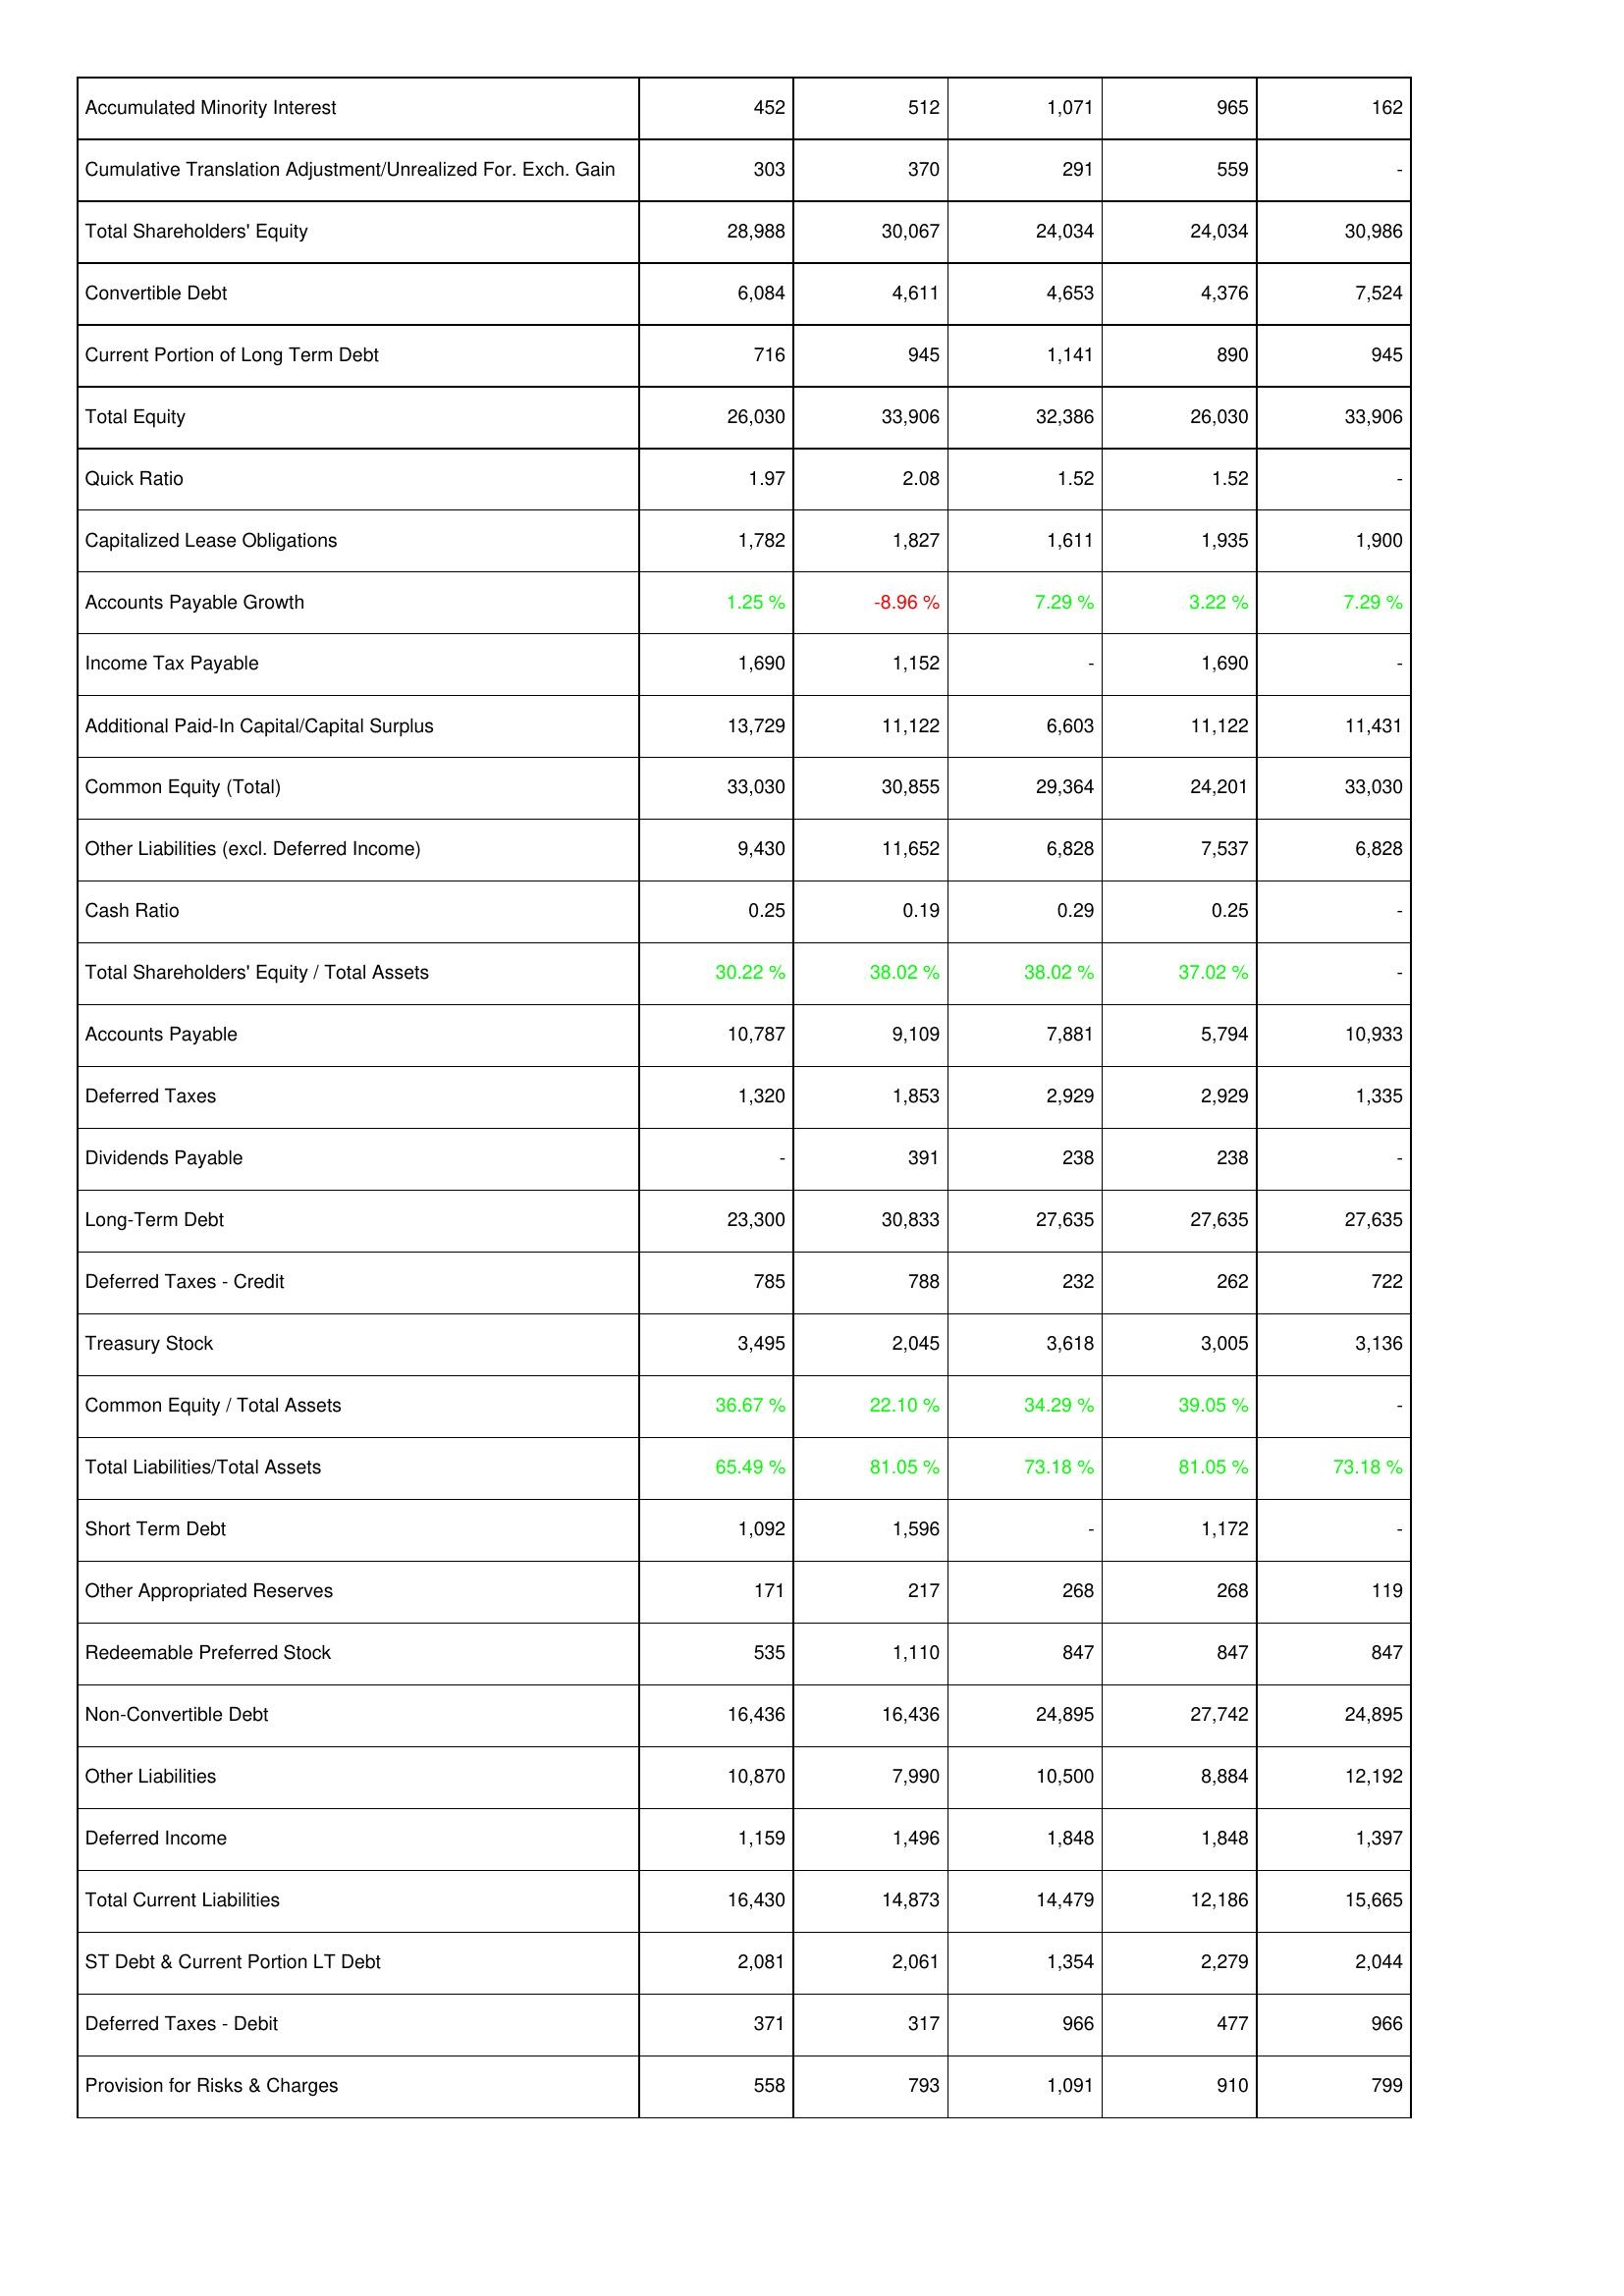
2014: Liabilities & Shareholders' Equity: Accumulated Minority Interest: 452
Cumulative Translation Adjustment/Unrealized For. Exch. Gain: 303
Total Shareholders' Equity: 28,988
Convertible Debt: 6,084
Current Portion of Long Term Debt: 716
Total Equity: 26,030
Quick Ratio: 1.97
Capitalized Lease Obligations: 1,782
Accounts Payable Growth: 1.25 %
Income Tax Payable: 1,690
Additional Paid-In Capital/Capital Surplus: 13,729
Common Equity (Total): 33,030
Other Liabilities (excl. Deferred Income): 9,430
Cash Ratio: 0.25
Total Shareholders' Equity / Total Assets: 30.22 %
Accounts Payable: 10,787
Deferred Taxes: 1,320
Dividends Payable: -
Long-Term Debt: 23,300
Deferred Taxes - Credit: 785
Treasury Stock: 3,495
Common Equity / Total Assets: 36.67 %
Total Liabilities/Total Assets: 65.49 %
Short Term Debt: 1,092
Other Appropriated Reserves: 171
Redeemable Preferred Stock: 535
Non-Convertible Debt: 16,436
Other Liabilities: 10,870
Deferred Income: 1,159
Total Current Liabilities: 16,430
ST Debt & Current Portion LT Debt: 2,081
Deferred Taxes - Debit: 371
Provision for Risks & Charges: 558
2013: Liabilities & Shareholders' Equity: Accumulated Minority Interest: 512
Cumulative Translation Adjustment/Unrealized For. Exch. Gain: 370
Total Shareholders' Equity: 30,067
Convertible Debt: 4,611
Current Portion of Long Term Debt: 945
Total Equity: 33,906
Quick Ratio: 2.08
Capitalized Lease Obligations: 1,827
Accounts Payable Growth: -8.96 %
Income Tax Payable: 1,152
Additional Paid-In Capital/Capital Surplus: 11,122
Common Equity (Total): 30,855
Other Liabilities (excl. Deferred Income): 11,652
Cash Ratio: 0.19
Total Shareholders' Equity / Total Assets: 38.02 %
Accounts Payable: 9,109
Deferred Taxes: 1,853
Dividends Payable: 391
Long-Term Debt: 30,833
Deferred Taxes - Credit: 788
Treasury Stock: 2,045
Common Equity / Total Assets: 22.10 %
Total Liabilities/Total Assets: 81.05 %
Short Term Debt: 1,596
Other Appropriated Reserves: 217
Redeemable Preferred Stock: 1,110
Non-Convertible Debt: 16,436
Other Liabilities: 7,990
Deferred Income: 1,496
Total Current Liabilities: 14,873
ST Debt & Current Portion LT Debt: 2,061
Deferred Taxes - Debit: 317
Provision for Risks & Charges: 793
2012: Liabilities & Shareholders' Equity: Accumulated Minority Interest: 1,071
Cumulative Translation Adjustment/Unrealized For. Exch. Gain: 291
Total Shareholders' Equity: 24,034
Convertible Debt: 4,653
Current Portion of Long Term Debt: 1,141
Total Equity: 32,386
Quick Ratio: 1.52
Capitalized Lease Obligations: 1,611
Accounts Payable Growth: 7.29 %
Income Tax Payable: -
Additional Paid-In Capital/Capital Surplus: 6,603
Common Equity (Total): 29,364
Other Liabilities (excl. Deferred Income): 6,828
Cash Ratio: 0.29
Total Shareholders' Equity / Total Assets: 38.02 %
Accounts Payable: 7,881
Deferred Taxes: 2,929
Dividends Payable: 238
Long-Term Debt: 27,635
Deferred Taxes - Credit: 232
Treasury Stock: 3,618
Common Equity / Total Assets: 34.29 %
Total Liabilities/Total Assets: 73.18 %
Short Term Debt: -
Other Appropriated Reserves: 268
Redeemable Preferred Stock: 847
Non-Convertible Debt: 24,895
Other Liabilities: 10,500
Deferred Income: 1,848
Total Current Liabilities: 14,479
ST Debt & Current Portion LT Debt: 1,354
Deferred Taxes - Debit: 966
Provision for Risks & Charges: 1,091
2011: Liabilities & Shareholders' Equity: Accumulated Minority Interest: 965
Cumulative Translation Adjustment/Unrealized For. Exch. Gain: 559
Total Shareholders' Equity: 24,034
Convertible Debt: 4,376
Current Portion of Long Term Debt: 890
Total Equity: 26,030
Quick Ratio: 1.52
Capitalized Lease Obligations: 1,935
Accounts Payable Growth: 3.22 %
Income Tax Payable: 1,690
Additional Paid-In Capital/Capital Surplus: 11,122
Common Equity (Total): 24,201
Other Liabilities (excl. Deferred Income): 7,537
Cash Ratio: 0.25
Total Shareholders' Equity / Total Assets: 37.02 %
Accounts Payable: 5,794
Deferred Taxes: 2,929
Dividends Payable: 238
Long-Term Debt: 27,635
Deferred Taxes - Credit: 262
Treasury Stock: 3,005
Common Equity / Total Assets: 39.05 %
Total Liabilities/Total Assets: 81.05 %
Short Term Debt: 1,172
Other Appropriated Reserves: 268
Redeemable Preferred Stock: 847
Non-Convertible Debt: 27,742
Other Liabilities: 8,884
Deferred Income: 1,848
Total Current Liabilities: 12,186
ST Debt & Current Portion LT Debt: 2,279
Deferred Taxes - Debit: 477
Provision for Risks & Charges: 910
2010: Liabilities & Shareholders' Equity: Accumulated Minority Interest: 162
Cumulative Translation Adjustment/Unrealized For. Exch. Gain: -
Total Shareholders' Equity: 30,986
Convertible Debt: 7,524
Current Portion of Long Term Debt: 945
Total Equity: 33,906
Quick Ratio: -
Capitalized Lease Obligations: 1,900
Accounts Payable Growth: 7.29 %
Income Tax Payable: -
Additional Paid-In Capital/Capital Surplus: 11,431
Common Equity (Total): 33,030
Other Liabilities (excl. Deferred Income): 6,828
Cash Ratio: -
Total Shareholders' Equity / Total Assets: -
Accounts Payable: 10,933
Deferred Taxes: 1,335
Dividends Payable: -
Long-Term Debt: 27,635
Deferred Taxes - Credit: 722
Treasury Stock: 3,136
Common Equity / Total Assets: -
Total Liabilities/Total Assets: 73.18 %
Short Term Debt: -
Other Appropriated Reserves: 119
Redeemable Preferred Stock: 847
Non-Convertible Debt: 24,895
Other Liabilities: 12,192
Deferred Income: 1,397
Total Current Liabilities: 15,665
ST Debt & Current Portion LT Debt: 2,044
Deferred Taxes - Debit: 966
Provision for Risks & Charges: 799